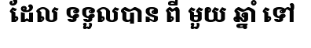
ដែល ទទួលបាន ពី មួយ ឆ្នាំ ទៅ